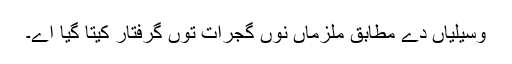
وسیلیاں دے مطابق ملزماں نوں گجرات توں گرفتار کیتا گیا اے۔